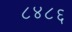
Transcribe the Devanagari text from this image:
८४८६